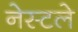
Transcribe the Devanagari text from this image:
नेस्टले